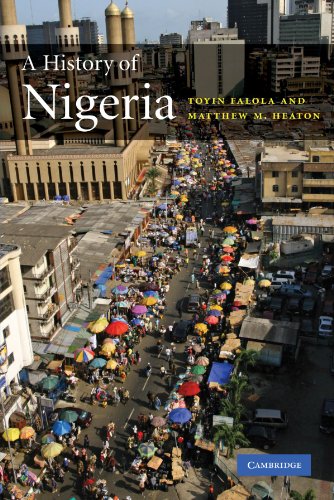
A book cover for A History of Nigeria; Toyin Falola; History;